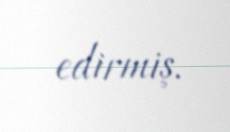
edirmiş.